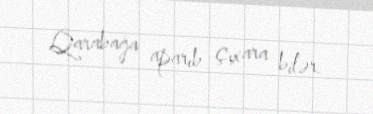
Qarabağa aparıb çıxara bilər.